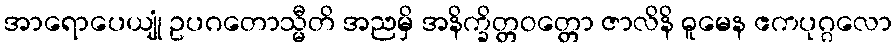
အာရောပေယျုံ ဥပဂတောသ္မီတိ အညမှိ အနိက္ခိတ္တဝတ္တော ဇာလိနိ ဓူမေန ဧကပုဂ္ဂလော